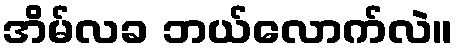
အိမ်လခ ဘယ်လောက်လဲ။